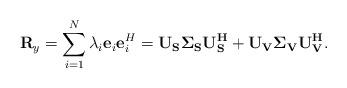
LaTeX: \begin{align*}\mathbf{R}_y=\sum\limits_{i=1}^{N}\lambda_{i}\mathbf{e}_{i}\mathbf{e}_{i}^{H}=\mathbf{U_S\Sigma_SU_S^ {H}+U_V\Sigma_VU_V^ {H}}.\end{align*}